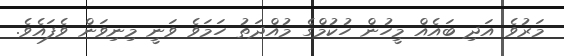
މަރުވެ އަދި ބައެއް މީހުން ހުކުމްގެ މުއްދަތު ހަމަވެ ވަނީ މިނިވަން ވެފައެވެ.